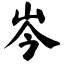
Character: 岑